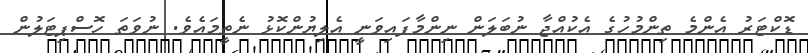
ޑޮކްޓަރު އެންމެ ތިންމުހުގެ އެކުއްޖާ ނުބަލަން ނިންމާފައިވަނީ އެލިޔުންކޮޅު ނެތީމައެވެ. ނުވަތަ ހޮސްޕިޓަލުން